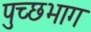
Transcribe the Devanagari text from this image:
पुच्छभाग